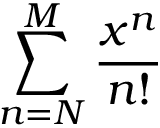
\sum _ { n = N } ^ { M } { \frac { x ^ { n } } { n ! } }